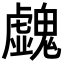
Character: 𩴥